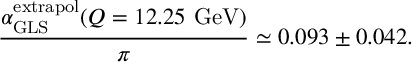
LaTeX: { \frac { \alpha _ { \mathrm { G L S } } ^ { \mathrm { e x t r a p o l } } ( Q = 1 2 . 2 5 ~ \mathrm { G e V } ) } { \pi } } \simeq 0 . 0 9 3 \pm 0 . 0 4 2 .